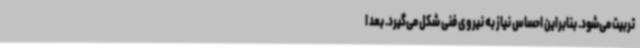
تربیت می‌شود. بنابراین احساس نیاز به نیروی فنی شکل می‌گیرد. بعد ا